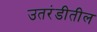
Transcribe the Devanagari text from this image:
उतरंडीतील